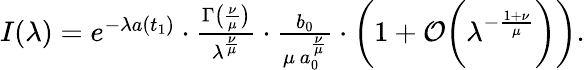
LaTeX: \begin{array}{r}{I(\lambda)=e^{-\lambda a(t_{1})}\cdot\frac{\Gamma\bigl(\frac{\nu}{\mu}\bigr)}{\lambda^{\frac{\nu}{\mu}}}\cdot\frac{b_{0}}{\mu\, a_{0}^{\frac{\nu}{\mu}}}\cdot\biggl(1+\mathcal{O}\biggl(\lambda^{-\frac{1+\nu}{\mu}}\biggr)\biggr).}\end{array}